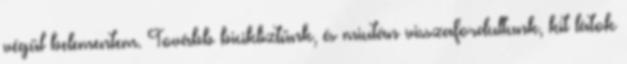
végül belementem. Tovább bicikliztünk, és miután visszafordultunk, kit látok